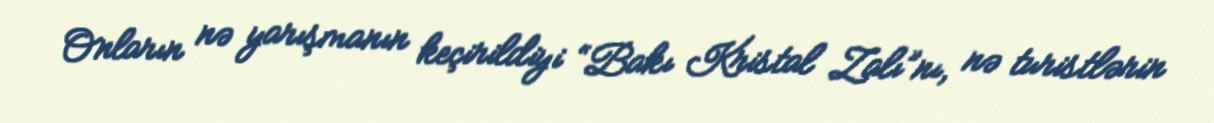
Onların nə yarışmanın keçirildiyi “Bakı Kristal Zalı”nı, nə turistlərin